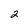
Character: 2